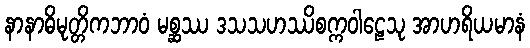
နာနာဓိမုတ္တိကဘာဝံ မစ္ဆဿ ဒသသဟဿိစက္ကဝါဠေသု အာဟရိယမာနံ